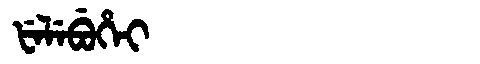
Manchu: ᡶᡝᠯᡝᠪᡠᡥᡝᡳ
Romanization: FELEBUHEI